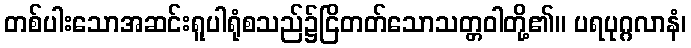
တစ်ပါးသောအဆင်းရူပါရုံစသည်၌ငြိတတ်သောသတ္တဝါတို့၏။ ပရပုဂ္ဂလာနံ၊